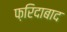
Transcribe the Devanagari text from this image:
फ़रिदाबाद